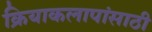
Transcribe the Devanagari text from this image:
क्रियाकलापांसाठी